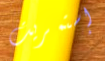
إستمريت